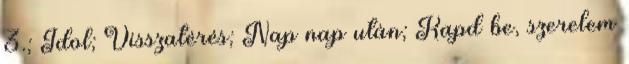
3.; Idol; Visszatérés; Nap nap után; Kapd be, szerelem